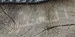
العثور